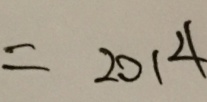
= 2 0 1 4